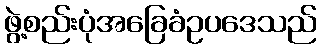
ဖွဲ့စည်းပုံအခြေခံဥပဒေသည်